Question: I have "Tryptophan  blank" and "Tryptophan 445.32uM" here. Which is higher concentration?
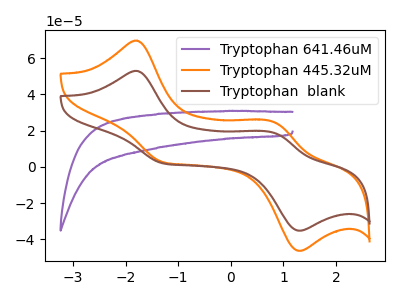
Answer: <think>The purple curve "Tryptophan 641.46uM" has no peaks. The orange curve "Tryptophan 445.32uM" has anodic peaks at (-1.80V, 69.75uA) (0.85V, 24.55uA) and cathodic peaks at (-1.30V, 2.60uA) (1.30V, -46.40uA). The brown curve "Tryptophan  blank" has anodic peaks at (-1.80V, 53.00uA) (0.85V, 18.65uA) and cathodic peaks at (-1.30V, 2.00uA) (1.30V, -35.25uA).
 All the peaks in "Tryptophan  blank" have a peak in "Tryptophan 445.32uM" at the same potential.</think>
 <answer>I cant tell if "Tryptophan  blank" or "Tryptophan 445.32uM" has higher concentration.</answer>
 <eval>mixed_concentration</eval>